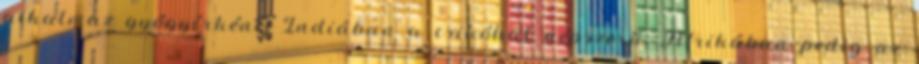
alkalmaz gyógyírként; Indiában a csikóhal népszerű, Afrikában pedig az